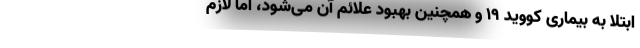
ابتلا به بیماری کووید ۱۹ و همچنین بهبود علائم آن می‌شود، اما لازم